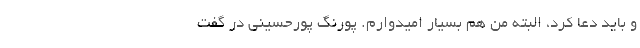
و باید دعا کرد، البته من هم بسیار امیدوارم. پورنگ پورحسینی در گفت